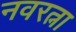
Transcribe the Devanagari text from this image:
नवरत्ना